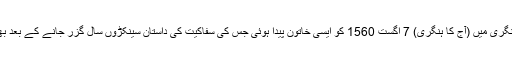
کنگڈم آف ہنگری میں (آج کا ہنگری) 7 اگست 1560 کو ایسی خاتون پیدا ہوئی جس کی سفاکیت کی داستان سینکڑوں سال گزر جانے کے بعد بھی قائم ہے۔